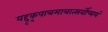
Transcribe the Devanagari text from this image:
यद्दृकृपात्रमात्रात्सर्वोप्ययं